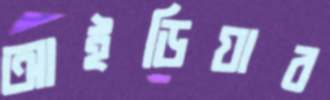
আইডিয়ার